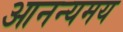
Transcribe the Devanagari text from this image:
आनन्यमय